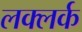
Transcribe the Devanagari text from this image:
लक्लर्क